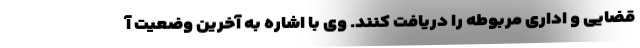
قضایی و اداری مربوطه را دریافت کنند. وی با اشاره به آخرین وضعیت آ